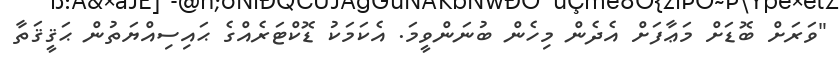
"ވަރަށް ބޮޑަށް މަޢާފަށް އެދެން މިހެން ބުނަންވީމަ. އެކަމަކު ޑޮކްޓަރެއްގެ ޙައިސިއްޔަތުން ޙަޤީޤަތާ